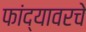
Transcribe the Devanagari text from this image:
फांद्यावरचे